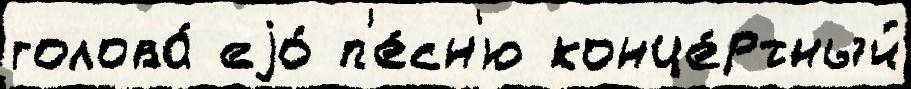
голова́ еjо́ п'е́сн'ю конце́ртный